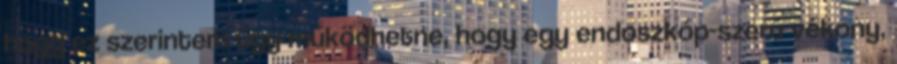
hogy ez szerintem úgy működhetne, hogy egy endoszkóp-szerű vékony,